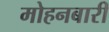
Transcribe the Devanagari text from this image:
मोहनबारी